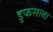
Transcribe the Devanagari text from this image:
डुफसला